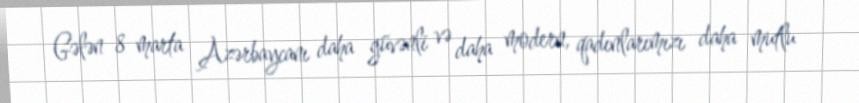
Gələn 8 marta Azərbaycanı daha güvənli və daha modern, qadınlarımızı daha mutlu